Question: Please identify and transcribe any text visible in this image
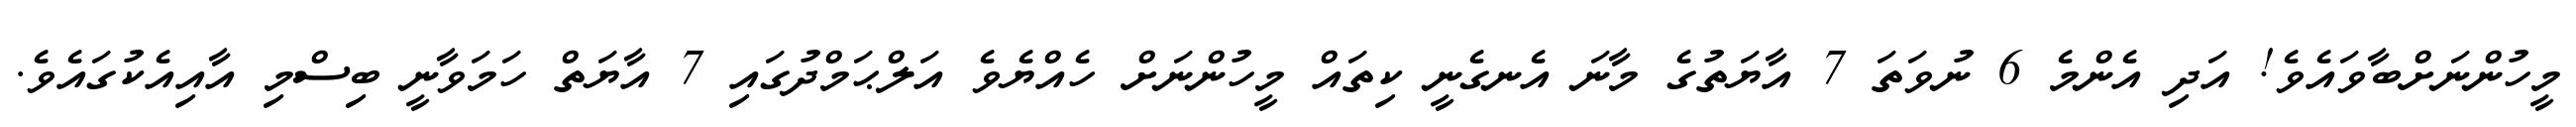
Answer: މީހުންނަށްބާވައެވެ! އަދި އެންމެ 6 ނުވަތަ 7 އާޔަތުގެ މާނަ އެނގެނީ ކިތައް މީހުންނަށް ހެއްޔެވެ އަލްޙަމްދުގައި 7 އާޔަތް ހަމަވާނީ ބިސްމި އާއިއެކުގައެވެ.